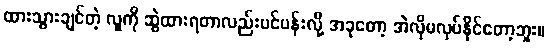
ထားသွားချင်တဲ့ လူကို ဆွဲထားရတာလည်းပင်ပန်းလို့ အခုတော့ အဲလိုမလုပ်နိုင်တော့ဘူး။